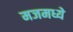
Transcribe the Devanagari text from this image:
मजमध्ये